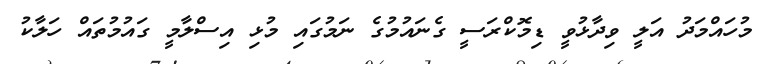
މުހައްމަދު އަލީ ވިދާޅުވީ ޑިމޮކްރަސީ ގެނައުމުގެ ނަމުގައި މުޅި އިސްލާމީ ގައުމުތައް ހަލާކު